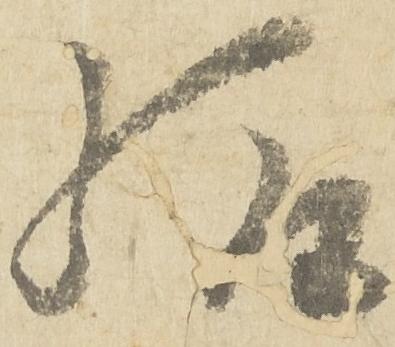
給